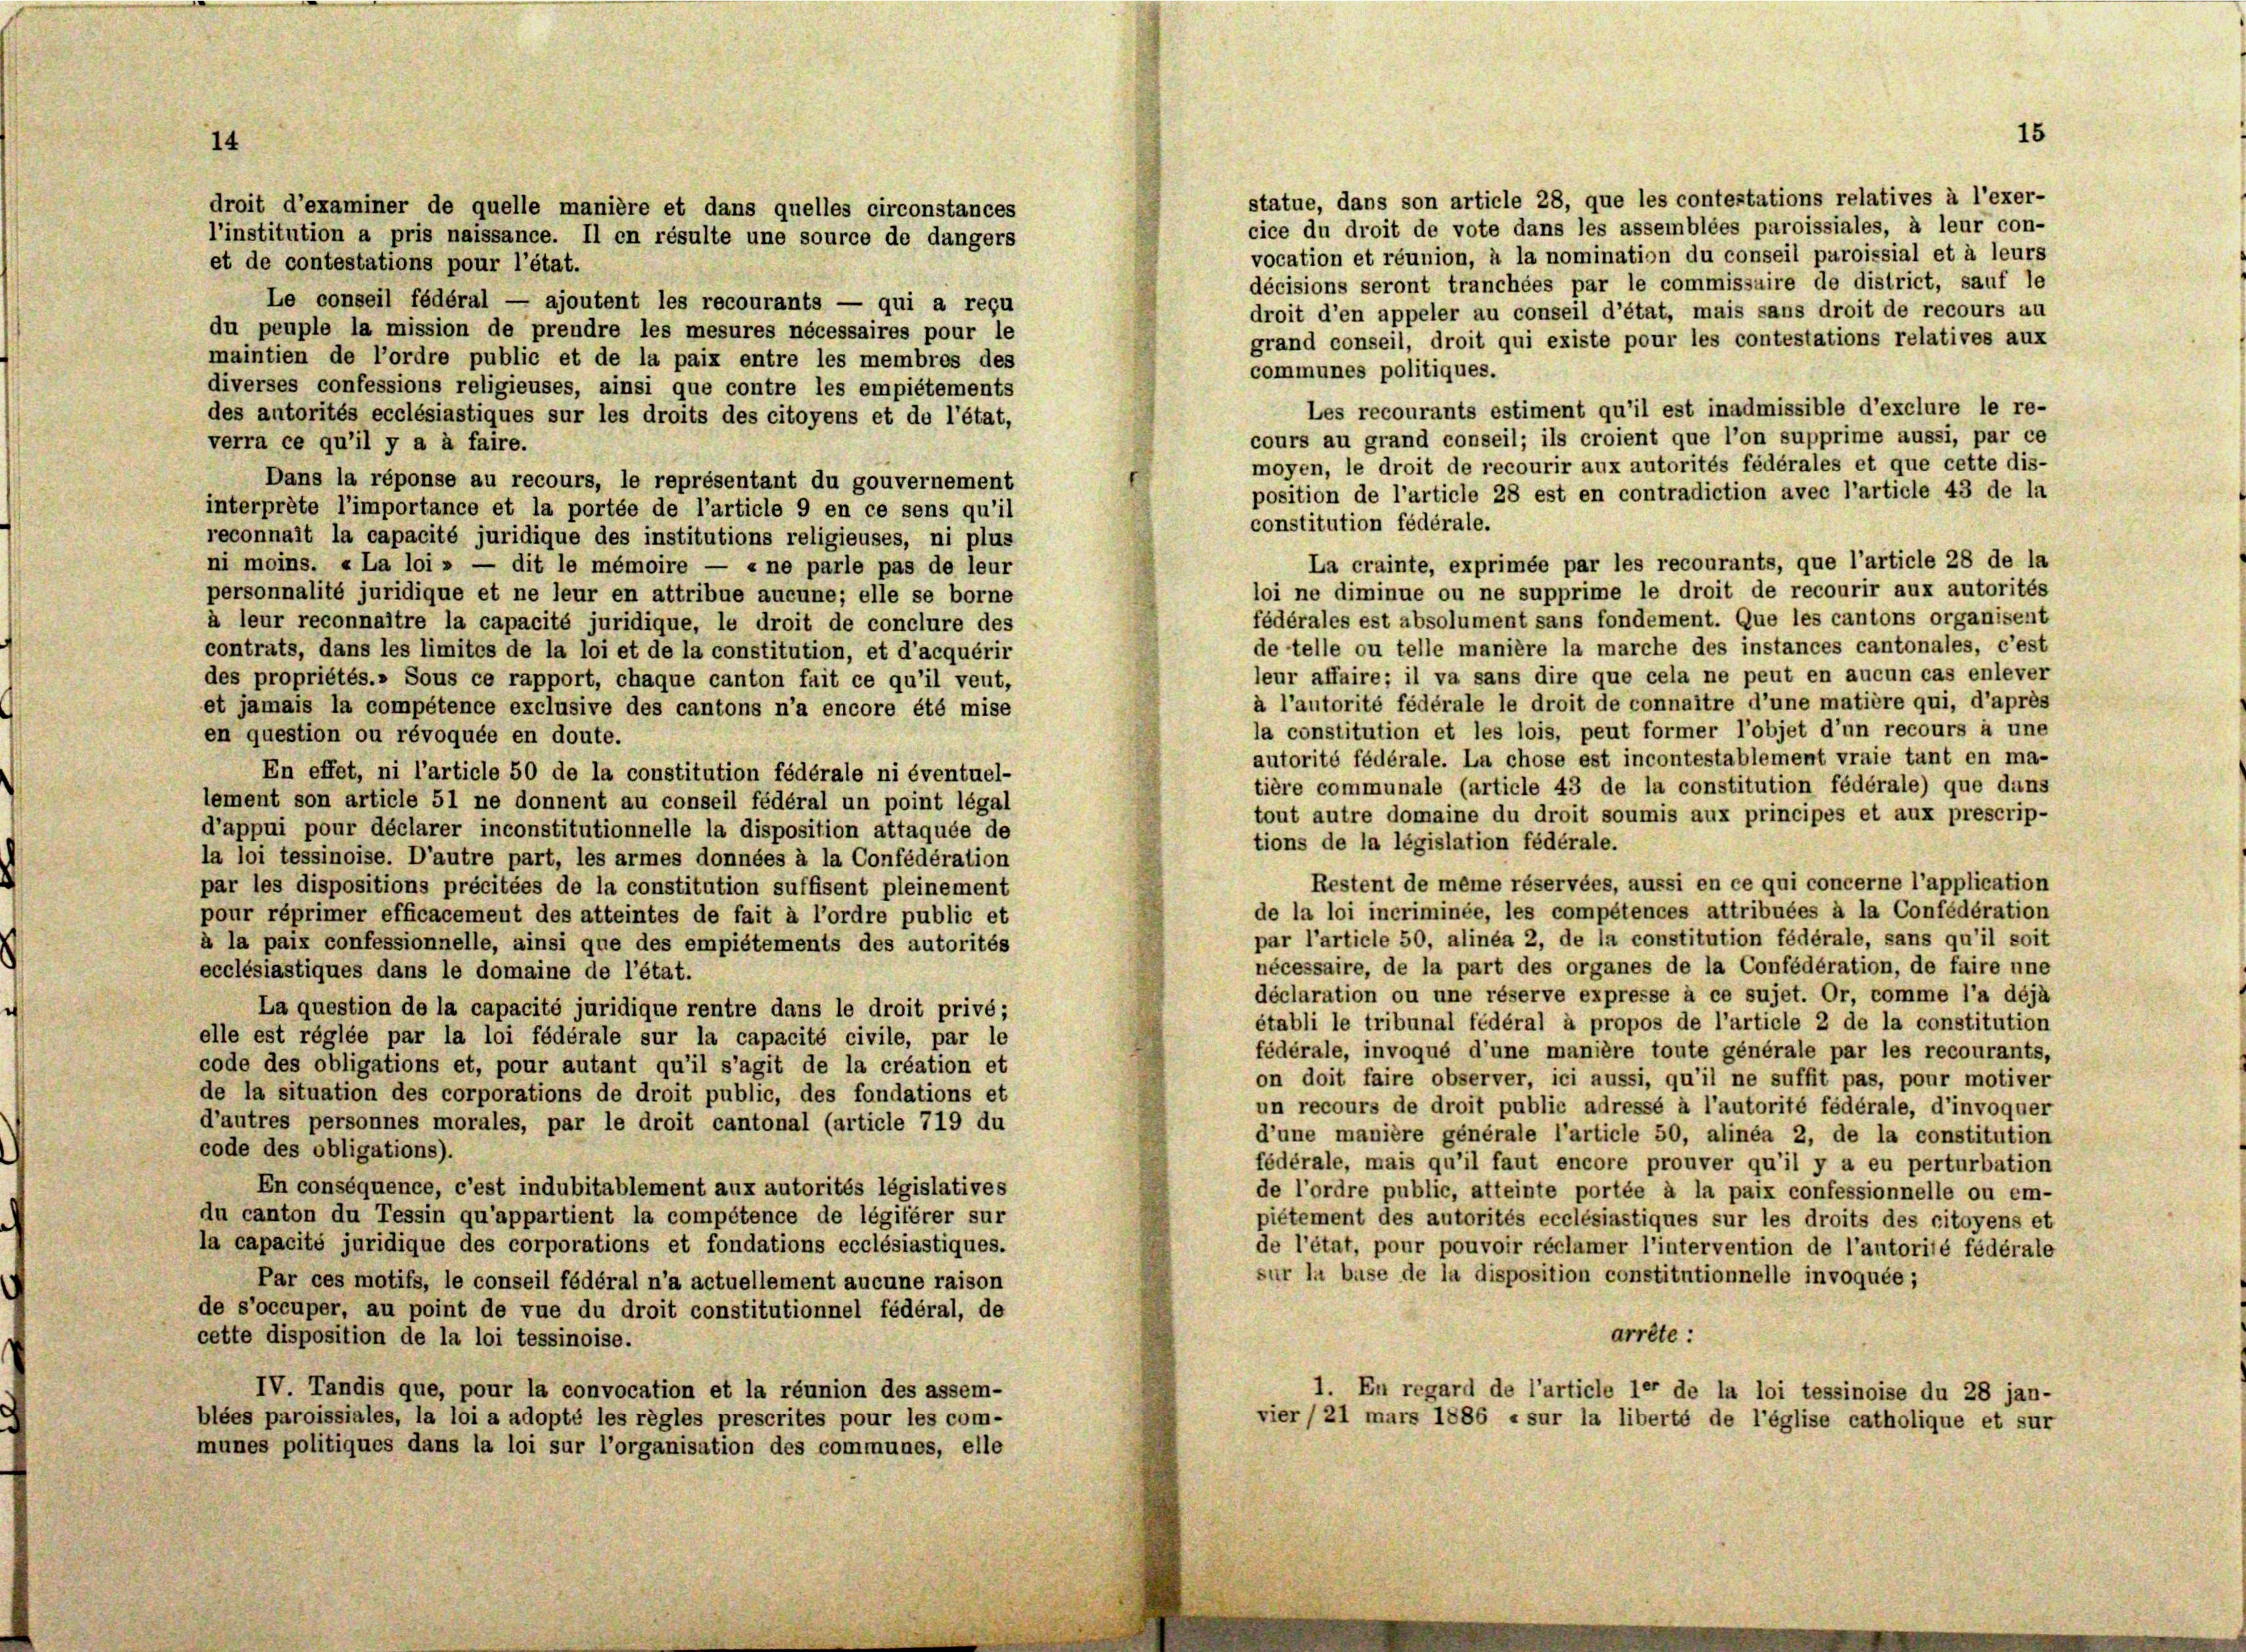
14

statue, dans son article 28, que les contestations relatives à l’exer-
droit d’examiner de quelle manière et dans quelles circonstances
cice du droit de vote dans les assemblées paroissiales, à leur con-
l’institution a pris naissance. Il en résulte une source de dangers
vocation et réunion, à la nomination du conseil paroissial et à leurs
et de contestations pour l’état.
décisions seront tranchées par le commissaire de district, sauf le
Le conseil fédéral — ajoutent les recourants — qui a reçu
droit d’en appeler au conseil d’état, mais sans droit de recours au
du peuple la mission de prendre les mesures nécessaires pour le
grand conseil, droit qui existe pour les contestations relatives aux
maintien de l’ordre public et de la paix entre les membros des
communes politiques.
diverses confessions religieuses, ainsi que contre les empiétements
Les recourants estiment qu’il est inadmissible d’exclure le re-
des autorités ecclésiastiques sur les droits des citoyens et de l’état,
cours au grand conseil; ils croient que l’on supprime aussi, par ce
verra ce qu’il y a à faire.
moyen, le droit de recourir aux autorités fédérales et que cette dis-
Dans la réponse au recours, le représentant du gouvernement
position de l’article 28 est en contradiction avec l’article 43 de la
interprête l’importance et la portée de l’article 9 en ce sens qu’il
constitution fédérale.
reconnait la capacité juridique des institutions religieuses, ni plus
La crainte, exprimée par les recourants, que l’article 28 de la
ni moins. «La loi » — dit le mémoire — « ne parle pas de leur
loi ne diminue ou ne supprime le droit de recourir aux autorités
personnalité juridique et ne leur en attribue aucune; elle se borne
fédérales est absolument sans fondement. Que les cantons organisent
à leur reconnaître la capacité juridique, le droit de conclure des
de telle ou telle manière la marche des instances cantonales, c’est
contrats, dans les limites de la loi et de la constitution, et d’acquérir
leur affaire; il va sans dire que cela ne peut en aucun cas enlever
des propriétés.» Sous ce rapport, chaque canton fait ce qu’il veut,
à l’autorité fédérale le droit de connaître d’une matière qui, d’après
et jamais la compétence exclusive des cantons n’a encore été mise
la constitution et les lois, peut former l’objet d’un recours à une
en question ou révoquée en doute.
autorité fédérale. La chose est incontestablement vraie tant en ma-
En effet, ni l’article 50 de la constitution fédérale ni éventuel-
tière communale (article 43 de la constitution fédérale) que dans
lement son article 51 ne donnent au conseil fédéral un point légal
tout autre domaine du droit soumis aux principes et aux prescrip-
d’appui pour déclarer inconstitutionnelle la disposition attaquée de
tions de la législation fédérale.
la loi tessinoise. D’autre part, les armes données à la Confédération
Restent de même réservées, aussi en ce qui concerne l’application
par les dispositions précitées de la constitution suffisent pleinement
de la loi incriminée, les compétences attribuées à la Confédération
pour réprimer efficacement des atteintes de fait à l’ordre public et
par l’article 50, alinea 2, de la constitution fédérale, sans qu’il soit
à la paix confessionnelle, ainsi que des empiétements des autorités
nécessaire, de la part des organes de la Confédération, de faire nne
ecclésiastiques dans le domaine de l’état.
déclaration ou une réserve expresse à ce sujet. Or, comme l’a déjà
La question de la capacité juridique rentre dans le droit privé;
établi le tribunal fédéral à propos de l’article 2 de la constitution
elle est réglée par la loi fédérale sur la capacité civile, par le
fédérale, invoqué d’une manière toute générale par les recourants,
code des obligations et, pour autant qu’il s’agit de la création et
on doit faire observer, ici aussi, qu’il ne suffit pas, pour motiver
de la situation des corporations de droit public, des fondations et
un recours de droit public adressé à l’autorité fédérale, d’invoquer
d’autres personnes morales, par le droit cantonal (article 719 du
d’une manière générale l’article 50, alinéa 2, de la constitution
code des obligations).
fédérale, mais qu’il faut encore prouver qu’il y a eu perturbation
En conséquence, c’est indubitablement aux autorités législatives
de l’ordre public, atteinte portée à la paix confessionnelle ou em-
du canton du Tessin qu’appartient la compétence de légiférer sur
piétement des autorités ecclésiastiques sur les droits des citoyens et
la capacité juridique des corporations et fondations ecclésiastiques.
de l’état, pour pouvoir réclamer l’intervention de l’autorité fédérale
sur la buse de la disposition constitutionnelle invoquée;
Par ces motifs, le conseil fédéral n’a actuellement aucune raison
de s’occuper, au point de vue du droit constitutionnel fédéral, de
arrête :
cette disposition de la loi tessinoise.
IV. Tandis que, pour la convocation et la réunion des assem-
1. En regard de l’article 1er de la loi tessinoise du 28 jan-
blées paroissiales, la loi a adopté les règles prescrites pour les com-
vier /21 mars 1886 « sur la liberté de l’église catholique et sur
munes politiques dans la loi sur l’organisation des communes, elle

15